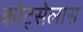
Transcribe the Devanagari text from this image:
कोट्सेलास